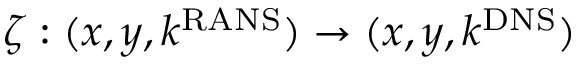
\zeta : ( x , y , k ^ { \mathrm { R A N S } } ) \rightarrow ( x , y , k ^ { \mathrm { D N S } } )